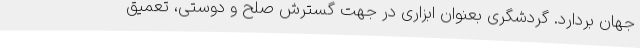
جهان بردارد. گردشگری بعنوان ابزاری در جهت گسترش صلح و دوستی، تعمیق